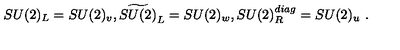
S U ( 2 ) _ { L } = S U ( 2 ) _ { v } , \widetilde { S U ( 2 ) } _ { L } = S U ( 2 ) _ { w } , S U ( 2 ) _ { R } ^ { d i a g } = S U ( 2 ) _ { u } \ .